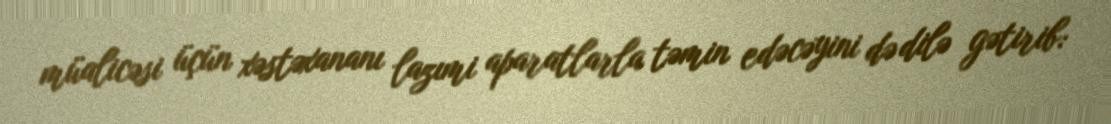
müalicəsi üçün xəstəxananı lazımi aparatlarla təmin edəcəyini də dilə gətirib: